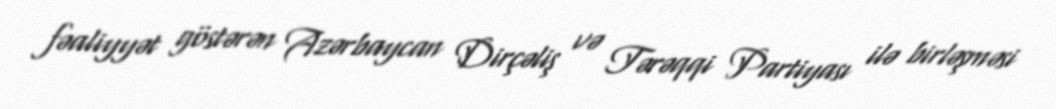
fəaliyyət göstərən Azərbaycan Dirçəliş və Tərəqqi Partiyası ilə birləşməsi